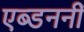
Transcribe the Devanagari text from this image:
एब्डननीं